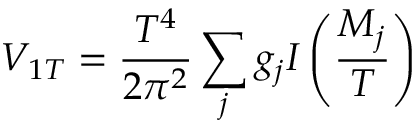
V _ { 1 T } = { \frac { T ^ { 4 } } { 2 \pi ^ { 2 } } } \sum _ { j } g _ { j } I \left( \frac { M _ { j } } { T } \right)